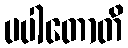
ပပါတောတိ